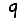
Digit: 9